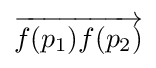
{\overrightarrow {f(p_{1})f(p_{2})}}